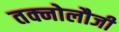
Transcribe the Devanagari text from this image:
तक्नोलौजी